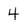
Character: 4